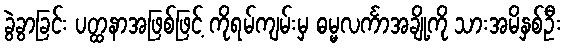
ခွဲခွာခြင်း ပတ္ထနာအဖြစ်ဖြင့် ကိုရမ်ကျမ်းမှ ဓမ္မလင်္ကာအချို့ကို သားအမိနှစ်ဦး